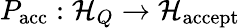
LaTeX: P_{\mathrm{acc}}:{\mathcal{H}}_{Q}\to{\mathcal{H}}_{\mathrm{accept}}